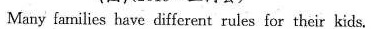
Many fanilies have different rules for their kids.